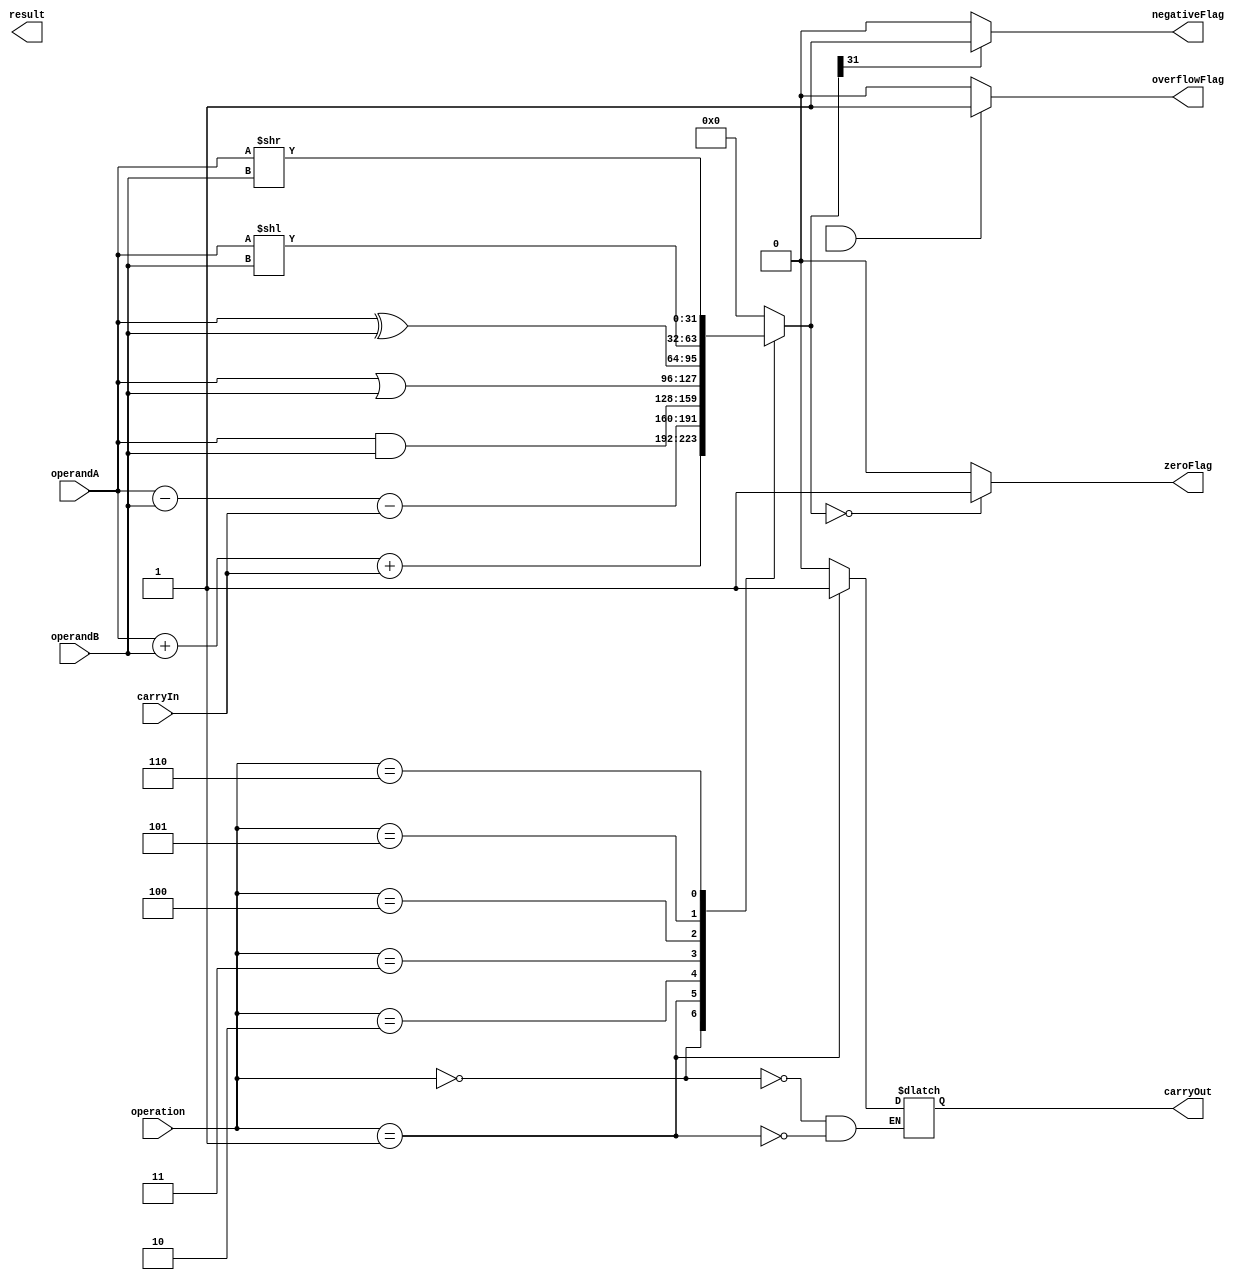
module ALU(
    input [31:0] operandA,
    input [31:0] operandB,
    input [2:0] operation,
    input carryIn,
    output [31:0] result,
    output carryOut,
    output zeroFlag,
    output negativeFlag,
    output overflowFlag
);

// Internal signals
reg [31:0] tempResult;
reg [1:0] flags;

// Arithmetic operations
always @(*)
begin
    case(operation)
        3'b000: begin // Addition operation
            tempResult = operandA + operandB + carryIn;
            carryOut = (tempResult[32] == 1) ? 1 : 0;
        end
        3'b001: begin // Subtraction operation
            tempResult = operandA - operandB - carryIn;
            carryOut = (tempResult[32] == 1) ? 0 : 1;
        end
        3'b010: tempResult = operandA & operandB; // Bitwise AND operation
        3'b011: tempResult = operandA | operandB; // Bitwise OR operation
        3'b100: tempResult = operandA ^ operandB; // Bitwise XOR operation
        3'b101: tempResult = operandA << operandB; // Shift left operation
        3'b110: tempResult = operandA >> operandB; // Shift right operation
        default: tempResult = 32'b0; // Default case
    endcase
end

// Flags logic
always @(*)
begin
    zeroFlag = (tempResult == 32'b0) ? 1 : 0;
    negativeFlag = (tempResult[31] == 1) ? 1 : 0;
    overflowFlag = (flags[0] == 1 && flags[1] == 1) ? 1 : 0;
end

endmodule